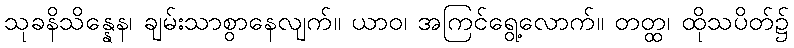
သုခနိသိန္နေန၊ ချမ်းသာစွာနေလျက်။ ယာဝ၊ အကြင်ရွေ့လောက်။ တတ္ထ၊ ထိုသပိတ်၌